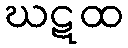
ဃဋထ